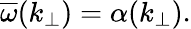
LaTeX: \overline{{\omega}}(k_{\perp})=\alpha(k_{\perp}).